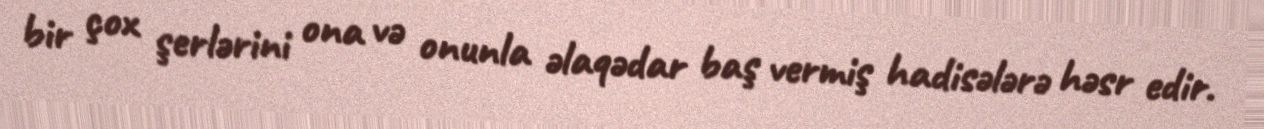
bir çox şerlərini ona və onunla əlaqədar baş vermiş hadisələrə həsr edir.